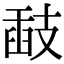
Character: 𢻗